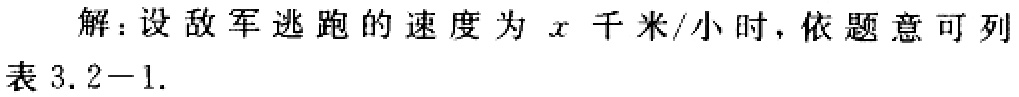
解：设敌军逃跑的速度为\(x\)千米/小时，依题意可列表3.2 - 1.